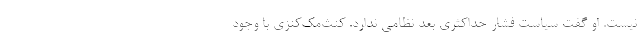
نیست. او گفت سیاست فشار حداکثری بعد نظامی ندارد. کنث‌مک‌کنزی با وجود